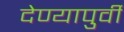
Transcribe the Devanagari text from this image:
देण्यापुर्वी